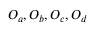
O _ { a } , O _ { b } , O _ { c } , O _ { d }